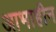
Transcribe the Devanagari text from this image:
आभाहीन